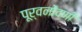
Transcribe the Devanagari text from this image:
पूर्वनोंदणी